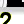
Digit: 2